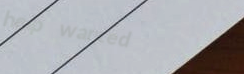
help wanted